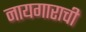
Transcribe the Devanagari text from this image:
नायगाराची